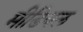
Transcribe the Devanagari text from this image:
मीडियल